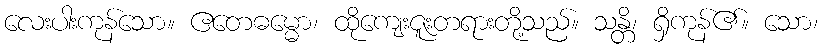
လေးပါးကုန်သော။ ဧတေဓမ္မော၊ ထိုကျေးဇူးတရားတို့သည်။ သန္တိ၊ ရှိကုန်၏။ သော၊